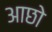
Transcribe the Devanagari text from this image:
आछो